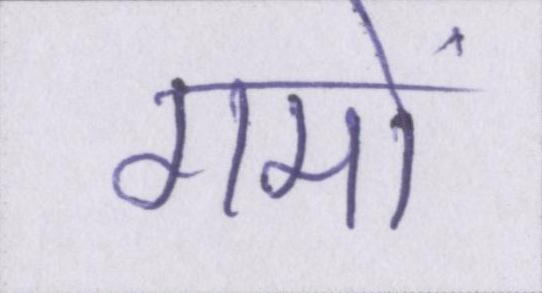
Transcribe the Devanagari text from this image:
गमों